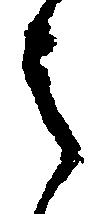
之